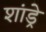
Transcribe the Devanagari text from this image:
शांड्रे